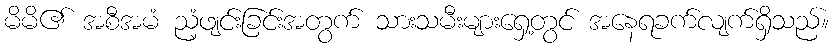
မိမိ၏ အစီအမံ ညံ့ဖျင်းခြင်းအတွက် သားသမီးများရှေ့တွင် အနေရခက်လျက်ရှိသည်။